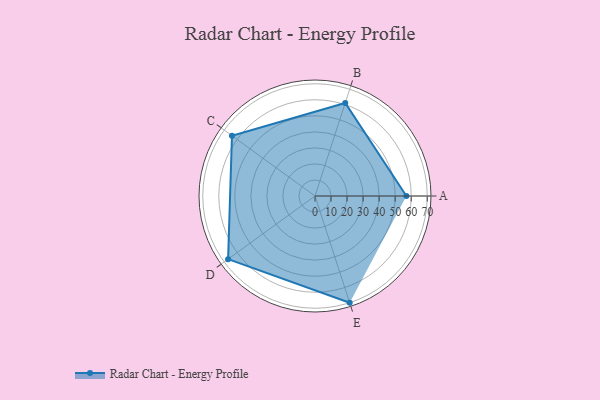
{"axis": {"x": "Skill", "y": "Score"}, "legend": ["Profile"], "data": [{"x": "A", "y": 57.0, "type": "Profile"}, {"x": "B", "y": 61.0, "type": "Profile"}, {"x": "C", "y": 64.0, "type": "Profile"}, {"x": "D", "y": 67.0, "type": "Profile"}, {"x": "E", "y": 70.0, "type": "Profile"}]}